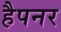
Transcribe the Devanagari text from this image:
हैपनर